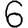
Digit: 6